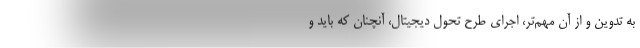
به تدوین و از آن مهم‌تر، اجرای طرح تحول دیجیتال، آنچنان که باید و